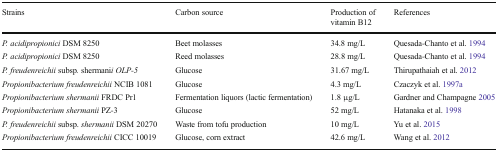
| Strains | Carbon source | Production of vitamin B12 | References |
 | --- | --- | --- | --- |
 | P. acidipropionici DSM 8250 | Beet molasses | 34.8 mg/L | Quesada-Chanto et al. 1994 |
 | P. acidipropionici DSM 8250 | Reed molasses | 28.8 mg/L | Quesada-Chanto et al. 1994 |
 | P. freudenreichii subsp. shermanii OLP-5 | Glucose | 31.67 mg/L | Thirupathaiah et al. 2012 |
 | Propionibacterium freudenreichii NCIB 1081 | Glucose | 4.3 mg/L | Czaczyk et al. 1997a |
 | Propionibacterium shermanii FRDC Pr1 | Fermentation liquors (lactic fermentation) | 1.8 μg/L | Gardner and Champagne 2005 |
 | Propionibacterium shermanii PZ-3 | Glucose | 52 mg/L | Hatanaka et al. 1998 |
 | P. freudenreichii subsp. shermanii DSM 20270 | Waste from tofu production | 10 mg/L | Yu et al. 2015 |
 | Propionibacterium freudenreichii CICC 10019 | Glucose, corn extract | 42.6 mg/L | Wang et al. 2012 |